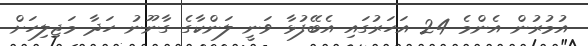
އުމުރުން އެންމެ 24 އަހަރުގައި އެބޭފުޅާ ވަނީ ލަންކާގެ ގާނޫނު ހަދާ މަޖިލިހަށް